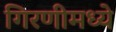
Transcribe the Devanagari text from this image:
गिरणीमध्ये